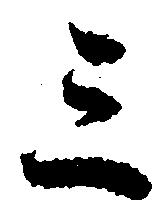
三